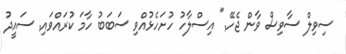
ސިވިލް ސާވިސް ވާން ޖެހޭ